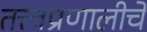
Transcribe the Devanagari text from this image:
तत्त्वप्रणालीचे